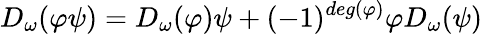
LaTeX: D_{\omega}(\varphi\psi)=D_{\omega}(\varphi)\psi+(-1)^{deg(\varphi)}\varphi D_{\omega}(\psi)